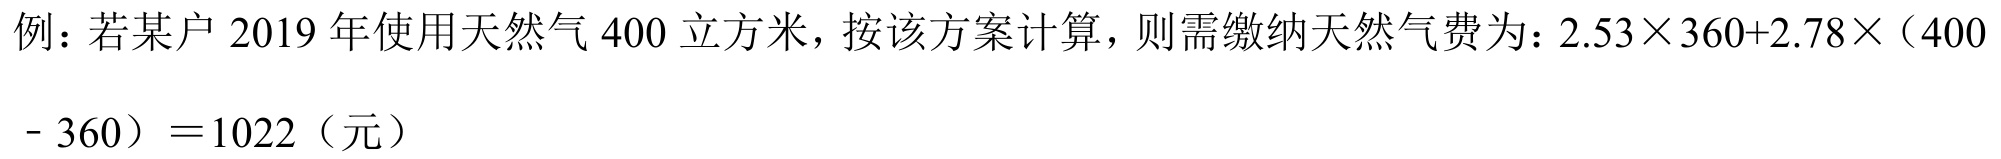
例：若某户$2019$年使用天然气$400$立方米，按该方案计算，则需缴纳天然气费为：$2.53\times360 + 2.78\times(400 - 360)=1022$（元）